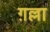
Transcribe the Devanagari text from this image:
ग़ल्ला